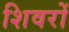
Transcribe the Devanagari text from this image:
शिवरों